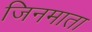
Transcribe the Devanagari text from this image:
जिनमाता